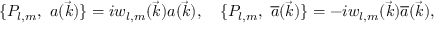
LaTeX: \{ P _ { l , m } , \ a ( \vec { k } ) \} = i w _ { l , m } ( \vec { k } ) a ( \vec { k } ) , \quad \{ P _ { l , m } , \ { \overline { { { a } } } } ( \vec { k } ) \} = - i w _ { l , m } ( \vec { k } ) { \overline { { { a } } } } ( \vec { k } ) ,